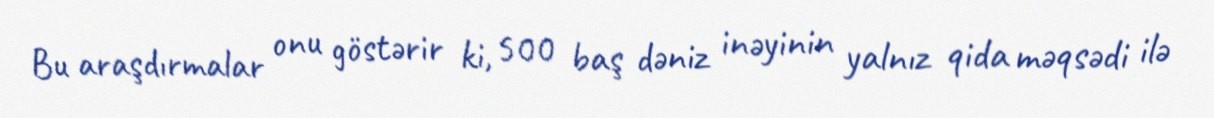
Bu araşdırmalar onu göstərir ki, 500 baş dəniz inəyinin yalnız qida məqsədi ilə